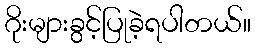
ဂိုးများခွင့်ပြုခဲ့ရပါတယ်။